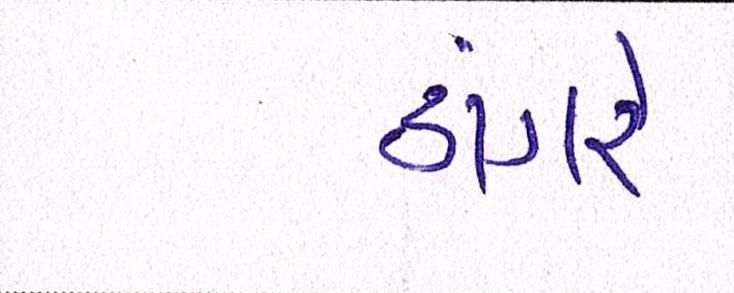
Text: ડાંગરે